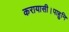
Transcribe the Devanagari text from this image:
करायासी।पाहुनि